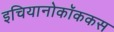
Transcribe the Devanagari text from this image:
इचियानोकॉककस